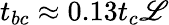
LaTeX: {t_{bc}}\approx 0.13t_{c}{\mathscr{L}}